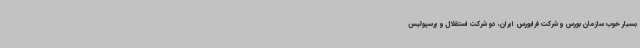
بسیار خوب سازمان بورس و شرکت فرابورس ایران، دو شرکت استقلال و پرسپولیس